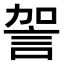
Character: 𧦲